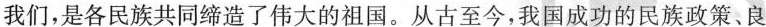
我们，是各民族共同缔造了伟大的祖国。从古至今，我国成功的民族政策、良